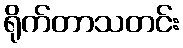
ရိုက်တာသတင်း